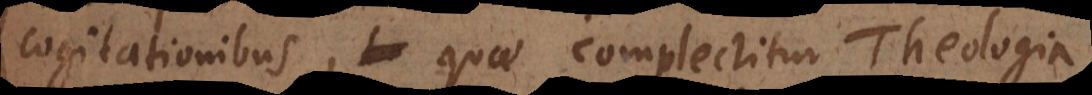
cogitationibus, quae complectitur Theologia